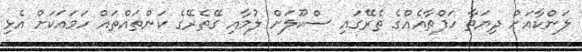
ލަންކާއަށް ދިޔަތާ ހަފްތާއެއްގެ ތެރޭގައި ސްކޫލަށް ލުމާއި ގޭތެރޭގެ ކަންތައްތައް ހަމައަކަށް އެޅި